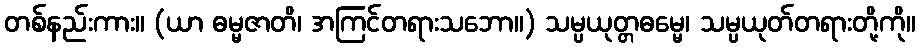
တစ်နည်းကား။ (ယာ ဓမ္မဇာတိ၊ အကြင်တရားသဘော။) သမ္ပယုတ္တဓမ္မေ၊ သမ္ပယုတ်တရားတို့ကို။